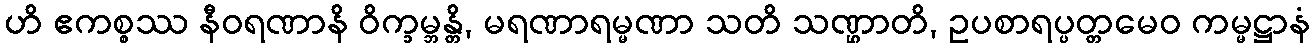
ဟိ ဧကစ္စဿ နီဝရဏာနိ ဝိက္ခမ္ဘန္တိ, မရဏာရမ္မဏာ သတိ သဏ္ဌာတိ, ဥပစာရပ္ပတ္တမေဝ ကမ္မဋ္ဌာနံ